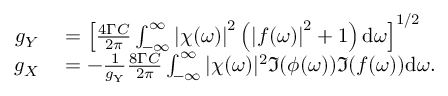
\begin{array} { r l } { g _ { Y } } & { { } = \left[ \frac { 4 \Gamma C } { 2 \pi } \int _ { - \infty } ^ { \infty } \left| \chi ( \omega ) \right| ^ { 2 } \left( \left| f ( \omega ) \right| ^ { 2 } + 1 \right) \mathrm { d } \omega \right] ^ { 1 / 2 } } \\ { g _ { X } } & { { } = - \frac { 1 } { g _ { \mathrm { Y } } } \frac { 8 \Gamma C } { 2 \pi } \int _ { - \infty } ^ { \infty } | \chi ( \omega ) | ^ { 2 } \Im { ( \phi ( \omega ) ) \Im { ( f ( \omega ) ) } } \mathrm { d } \omega . } \end{array}